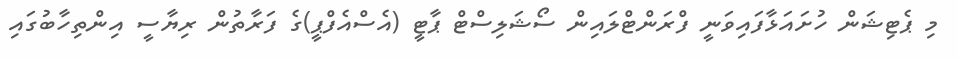
މި ޕެޓިޝަން ހުށައަޅާފައިވަނީ ފްރަންޓްލައިން ސޯޝަލިސްޓް ޕާޓީ (އެސްއެފްޕީ)ގެ ފަރާތުން ރިޔާސީ އިންތިހާބުގައި